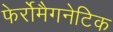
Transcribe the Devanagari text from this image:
फेर्रोमैगनेटिक